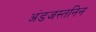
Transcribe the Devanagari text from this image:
अंडजस्तनिन